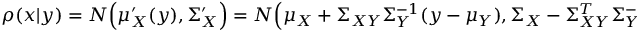
\begin{array} { r } { \rho ( x | y ) = N \Big ( \mu _ { X } ^ { \prime } ( y ) , \Sigma _ { X } ^ { \prime } \Big ) = N \Big ( \mu _ { X } + \Sigma _ { X Y } \Sigma _ { Y } ^ { - 1 } ( y - \mu _ { Y } ) , \Sigma _ { X } - \Sigma _ { X Y } ^ { T } \Sigma _ { Y } ^ { - 1 } \Sigma _ { X Y } \Big ) , } \end{array}